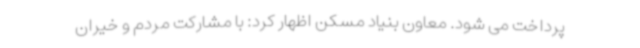
پرداخت می شود. معاون بنیاد مسکن اظهار کرد: با مشارکت مردم و خیران